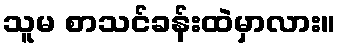
သူမ စာသင်ခန်းထဲမှာလား။